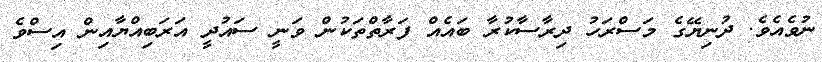
ނުވެއެވެ. ދުނިޔޭގެ މަސްރަހު ދިރާސާކުރާ ބައެއް ފަރާތްތަކުން ވަނީ ސައުދީ އަރަބިއްޔާއިން އިސްވެ